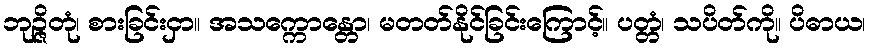
ဘုဉ္ဇိတုံ၊ စားခြင်းငှာ။ အသက္ကောန္တော၊ မတတ်နိုင်ခြင်းကြောင့်။ ပတ္တံ၊ သပိတ်ကို။ ပိဓာယ၊